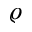
\varrho